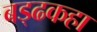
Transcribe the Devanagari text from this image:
बड्ढकहा